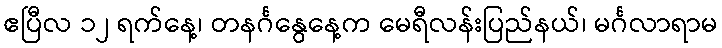
ဧပြီလ ၁၂ ရက်နေ့၊ တနင်္ဂနွေနေ့က မေရီလန်းပြည်နယ်၊ မင်္ဂလာရာမ